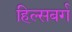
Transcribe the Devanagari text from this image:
हिल्सबर्ग